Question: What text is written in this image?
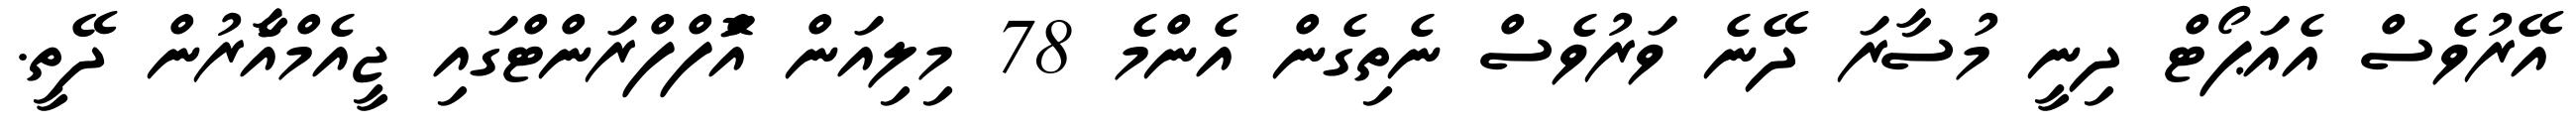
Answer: އޭރުވެސް އެއަޕޯޓް ދިނީ މުސާރަ ދޭނެ ވަރުވެސް ނެތިގެން އެންމެ 78 މިލިއަން އަޮްފްފްރަންޓްގައި ޖީއެމްއާެރުން ދޭތީ.